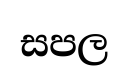
සපල